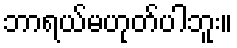
ဘာရယ်မဟုတ်ပါဘူး။